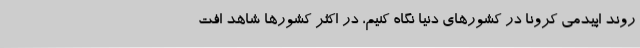
روند اپیدمی کرونا در کشورهای دنیا نگاه کنیم، در اکثر کشورها شاهد افت